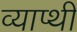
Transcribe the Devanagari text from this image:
व्याप्थी